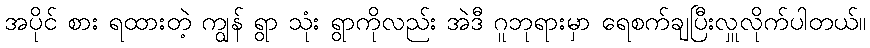
အပိုင် စား ရထားတဲ့ ကျွန် ရွာ သုံး ရွာကိုလည်း အဲဒီ ဂူဘုရားမှာ ရေစက်ချပြီးလှူလိုက်ပါတယ်။